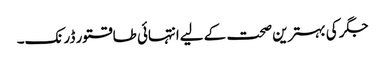
جگر کی بہترین صحت کے لیےانتہائی طاقتور ڈرنک۔